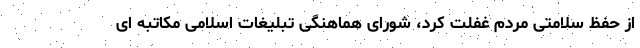
از حفظ سلامتی مردم غفلت کرد، شورای هماهنگی تبلیغات اسلامی مکاتبه ای